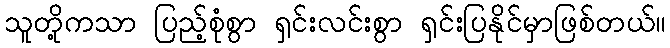
သူတို့ကသာ ပြည့်စုံစွာ ရှင်းလင်းစွာ ရှင်းပြနိုင်မှာဖြစ်တယ်။